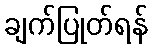
ချက်ပြုတ်ရန်